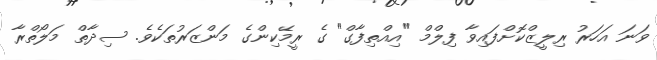
ވަނަ އަހަރު ރިލީޒްކޮށްފައިވާ ފިލްމް "އިއްތިފާގް" ގެ ރީމޭކިންގެ މަންޒަރުތަކެވެ. ސިދާތް މަލޯތްރާ